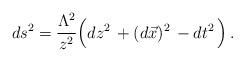
LaTeX: \begin{align*}ds^2=\frac {\Lambda^2 }{ z^2}\Big( dz^2 \,+(d\vec x)^2\,- dt^2 \,\Big)\,.\end{align*}